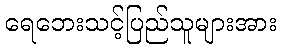
ရေဘေးသင့်ပြည်သူများအား